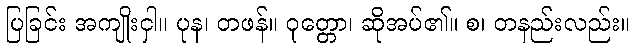
ပြခြင်း အကျိုးငှါ။ ပုန၊ တဖန်။ ဝုတ္တော၊ ဆိုအပ်၏။ စ၊ တနည်းလည်း။